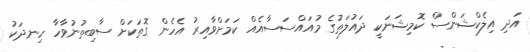
އަދި އިލެކްޝަންސް ކޮމިޝަނަކީ ދައުލަތުގެ މުއައްސަސާއެއް ކަމަށްވާއިރު އެހެން ގޮތަކަށް ސާބިތުނުވާހާ ހިނދަކު